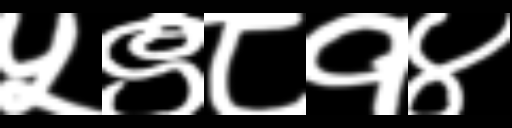
Text: ५९८१४